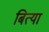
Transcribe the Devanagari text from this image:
बित्या